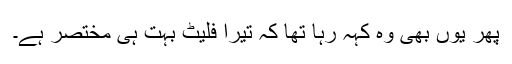
پھر یوں بھی وہ کہہ رہا تھا کہ تیرا فلیٹ بہت ہی مختصر ہے۔